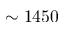
\sim 1 4 5 0